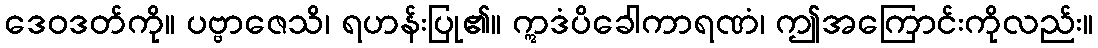
ဒေဝဒတ်ကို။ ပဗ္ဗာဇေသိ၊ ရဟန်းပြု၏။ ဣဒံပိခေါကာရဏံ၊ ဤအကြောင်းကိုလည်း။